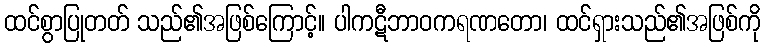
ထင်စွာပြုတတ် သည်၏အဖြစ်ကြောင့်။ ပါကဋီဘာဝကရဏတော၊ ထင်ရှားသည်၏အဖြစ်ကို